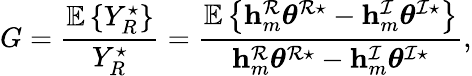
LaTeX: G=\frac{\mathbb{E}\left\{ Y_{R}^{\star}\right\} }{Y_{R}^{\star}}=\frac{\mathbb{E}\left\{ \mathbf{h}_{m}^{\mathcal{R}}\boldsymbol{\theta}^{\mathcal{R}\star}-\mathbf{h}_{m}^{\mathcal{I}}\boldsymbol{\theta}^{\mathcal{I}\star}\right\} }{\mathbf{h}_{m}^{\mathcal{R}}\boldsymbol{\theta}^{\mathcal{R}\star}-\mathbf{h}_{m}^{\mathcal{I}}\boldsymbol{\theta}^{\mathcal{I}\star}},